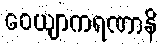
ဝေယျာကရဏာနိ